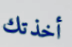
أخذتك